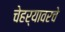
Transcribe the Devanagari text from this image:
चेहर्‍यावरचे